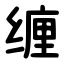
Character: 缠